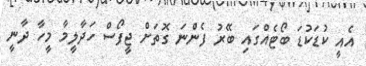
އެއީ ކުޑަކުޑަ ބޯޓެއްގައި ބޭރު ފެންނަ ގޮތަށް ޖީފޯސް ހަދާލީމާ މީހާ ދާނީ